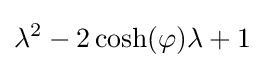
\lambda ^{2}-2\cosh(\varphi )\lambda +1